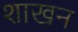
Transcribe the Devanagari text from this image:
शाखन